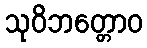
သုဝိဘတ္တောဝ